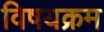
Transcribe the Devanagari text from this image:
विषयक्रम